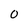
Character: 0